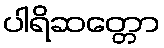
ပါရိဆတ္တော